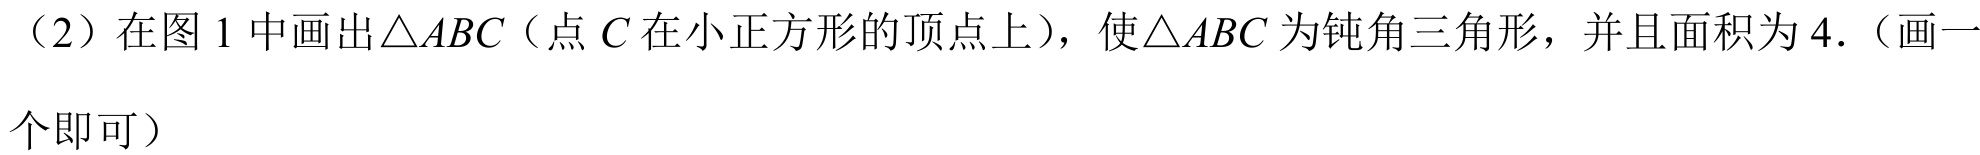
（2）在图1中画出\(\triangle ABC\)（点\(C\)在小正方形的顶点上），使\(\triangle ABC\)为钝角三角形，并且面积为\(4\).（画一
个即可）